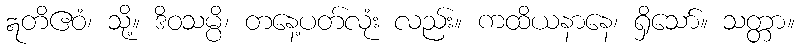
ဣတိဧဝံ၊ သို့။ ဒိဝသမ္ပိ၊ တနေ့ပတ်လုံး လည်း။ ကထိယနာနေ၊ ရှိသော်။ သတ္တာ။